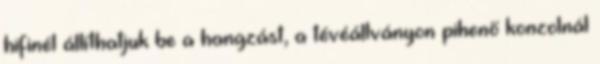
hifinél állíthatjuk be a hangzást, a tévéállványon pihenő konzolnál